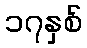
၁၇နှစ်